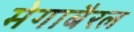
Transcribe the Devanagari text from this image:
मेगाबैरल